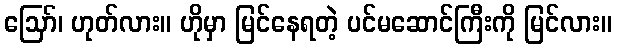
ဪ၊ ဟုတ်လား။ ဟိုမှာ မြင်နေရတဲ့ ပင်မဆောင်ကြီးကို မြင်လား။